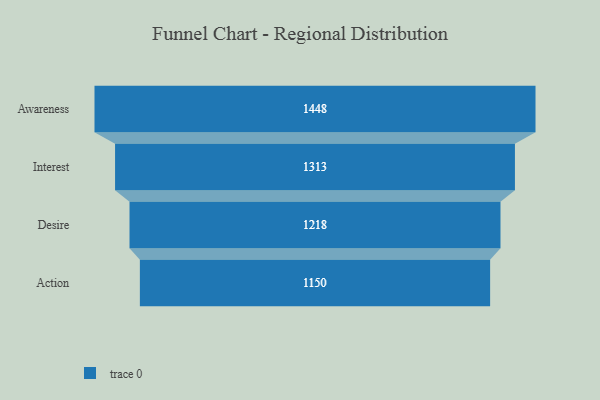
{"axis": {"x": "Stage", "y": "Value"}, "legend": [""], "data": [{"x": "Awareness", "y": 1448.0, "type": ""}, {"x": "Interest", "y": 1313.0, "type": ""}, {"x": "Desire", "y": 1218.0, "type": ""}, {"x": "Action", "y": 1150.0, "type": ""}]}